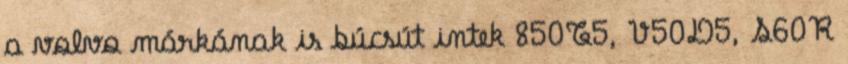
a volvo márkának is búcsút intek 850T5, V50D5, S60R